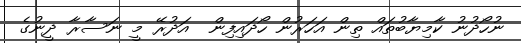
ނުހޯދުނު ކާމިޔާބުތައް ތިން އަހަރުން ހޯދައިފިން  އަދުރޭ މީ ނަސާރާ ދީނުގެ